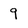
Character: 9